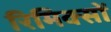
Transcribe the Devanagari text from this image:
रिमिक्सों